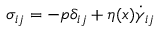
\sigma _ { i j } = - p \delta _ { i j } + \eta ( \boldsymbol { x } ) \dot { \gamma } _ { i j }